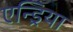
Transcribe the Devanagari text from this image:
एन्ड्रिया